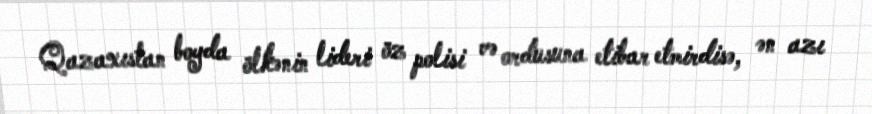
Qazaxıstan boyda ölkənin lideri öz polisi və ordusuna etibar etmirdisə, ən azı